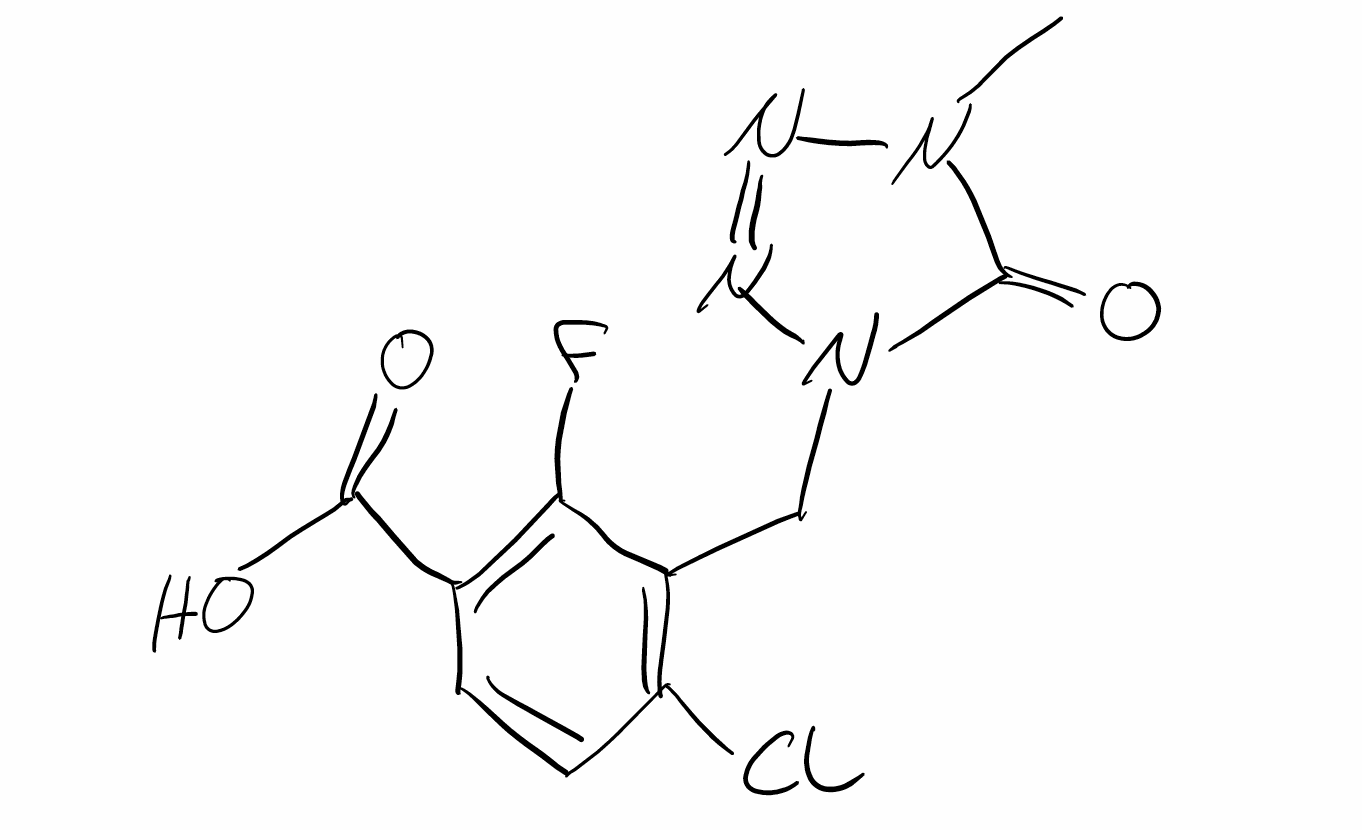
Simplified molecular-input line-entry system (SMILES) notation of the given molecule:
CN1C(=O)N(N=N1)CC2=C(C=CC(=C2F)C(=O)O)Cl